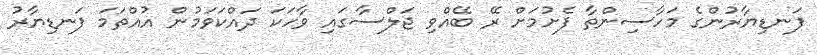
ފަނޑިޔާރުންގެ މަހާސިންތާ ފެށުމަށް ރޭ ބޭއްވި ޖަލްސާގައި ވާހަކަ ދައްކަވަމުން އުއްތަމަ ފަނޑިޔާރު